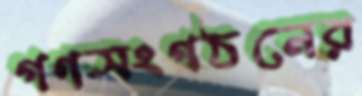
গণসংগঠনের